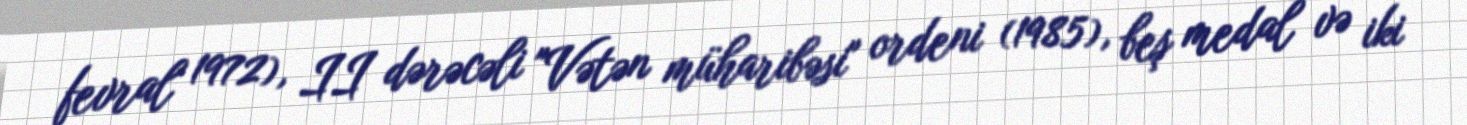
fevral 1972), II dərəcəli "Vətən müharibəsi" ordeni (1985), beş medal və iki